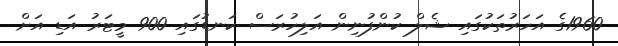
1960ގެ އަހަރުތަކުގައި ޝެލް ކުންފުނިން އަލިހުރަސް ކަނޑުގައި 900 މީޓަރު އަޑި އަށް